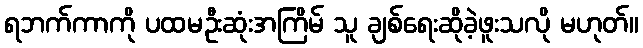
ရဘက်ကာကို ပထမဦးဆုံးအကြိမ် သူ ချစ်ရေးဆိုခဲ့ဖူးသလို မဟုတ်။